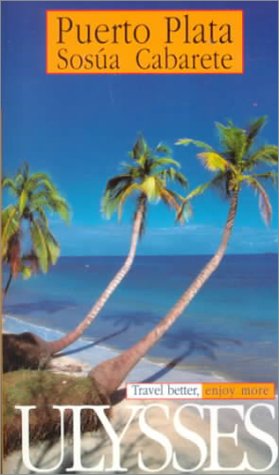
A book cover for Puerto Plata, Sosua, Cabarete (Ulysses Due South: Puerto Plata, Sosua); Pascale Couture; Travel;